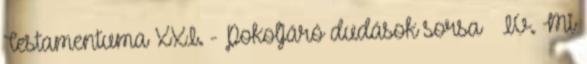
Testamentuma XXI. - Pokoljáró dudások sorsa – IV. Mi